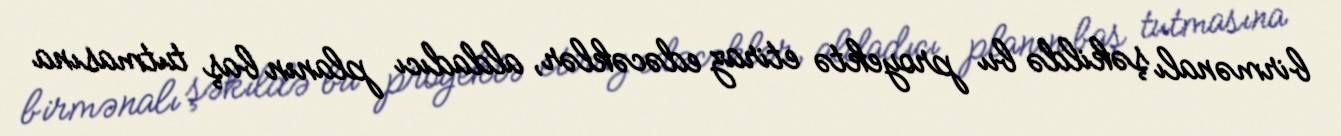
birmənalı şəkildə bu proyektə etiraz edəcəklər, aldadıcı planın baş tutmasına